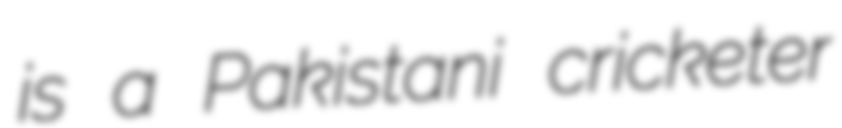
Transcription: is a Pakistani cricketer